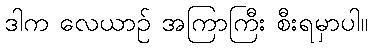
ဒါက လေယာဉ် အကြာကြီး စီးရမှာပါ။